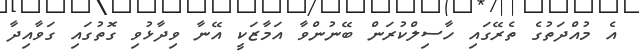
އެ މުއްދަތުގެ ތެރޭގައި ހާސިލްކުރަން ބޭނުންވާ އަމާޒަކީ އޭނާ ވިދާޅުވި ގޮތުގައި ގަވާއިދާ